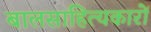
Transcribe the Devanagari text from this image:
बालसाहित्‍यकारों